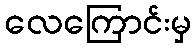
လေကြောင်းမှ